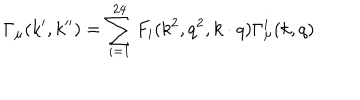
LaTeX: \Gamma _ { \mu } ( k ^ { \prime } , k ^ { \prime \prime } ) = \sum _ { i = 1 } ^ { 2 4 } F _ { i } ( k ^ { 2 } , q ^ { 2 } , k \cdot q ) \Gamma _ { \mu } ^ { i } ( k , q )